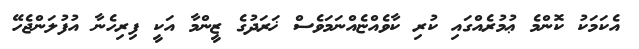
އެކަމަކު ކޮންމެ ޢުމުރެއްގައި ކުރި ކާވެއްޏެއްނަމަވެސް ޚަރަދުގެ ޒީންމާ އަކީ ފިރިހެނާ އުފުލަންޖެހޭ